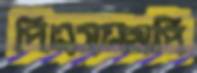
পিএসএমপি